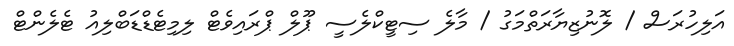
އަލިހުރަސް / ލޮނުޒިޔާރަތްމަގު / މާލެ ސިޓީކްލެސީ ޕޫލް ޕްރައިވެޓް ލިމިޓެޑްޑަބްލިއު ޓެލެންޓް